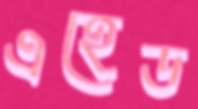
এহেড